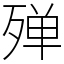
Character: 殚